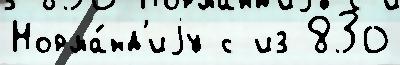
Норма́нд'иjу с из 830